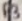
Text: P3